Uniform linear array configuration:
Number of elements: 24
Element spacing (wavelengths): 0.75
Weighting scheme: cosine
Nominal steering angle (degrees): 60
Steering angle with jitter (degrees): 58.814
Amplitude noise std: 0.05
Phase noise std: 0.05

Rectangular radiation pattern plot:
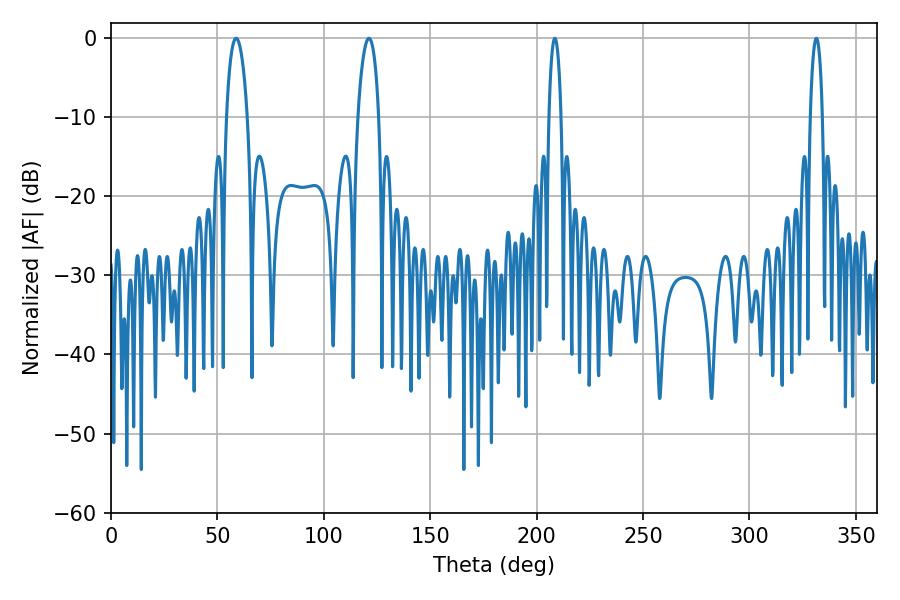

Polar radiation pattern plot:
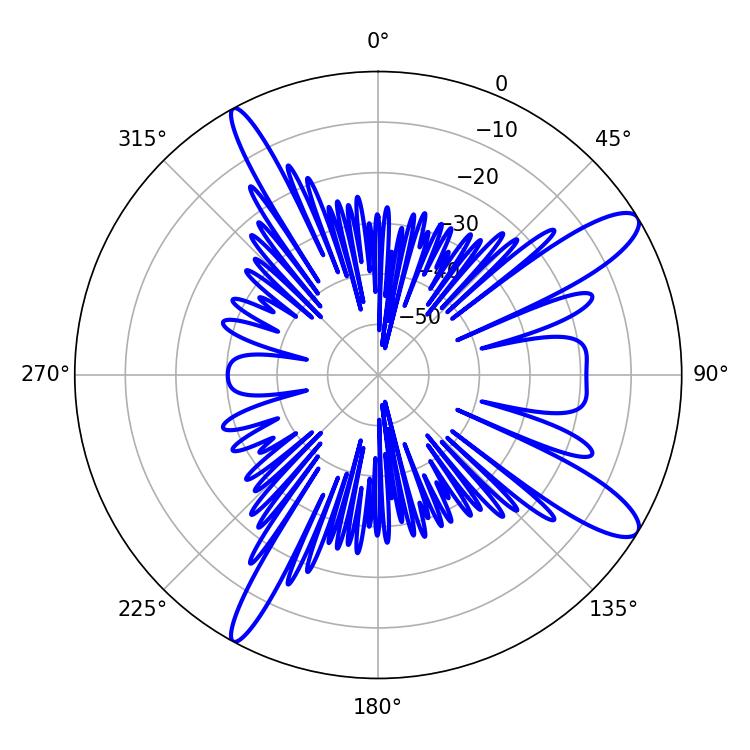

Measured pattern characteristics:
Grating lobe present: TRUE
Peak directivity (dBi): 11.949
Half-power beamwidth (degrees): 5.58
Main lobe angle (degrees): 58.86